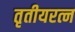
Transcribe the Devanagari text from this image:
तृतीयरत्न